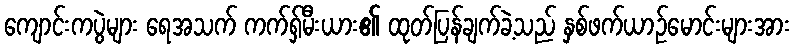
ကျောင်းကပွဲများ ရေအသက် ကက်ရှ်မီးယား၏ ထုတ်ပြန်ချက်ခဲ့သည် နှစ်ဖက်ယာဉ်မောင်းများအား